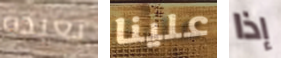
بعيدة علينا إذا